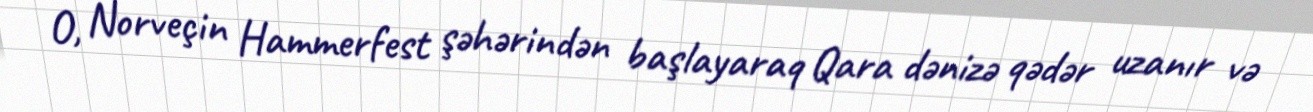
O, Norveçin Hammerfest şəhərindən başlayaraq Qara dənizə qədər uzanır və